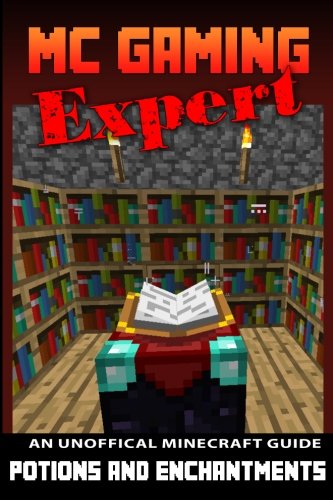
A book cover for Potions & Enchantments: Unofficial Minecraft Guide (MC Gaming Expert - Unofficial Minecraft Guides) (Volume 4); Terry Mayer; Children's Books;